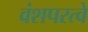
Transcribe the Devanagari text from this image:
वंशपरत्वे